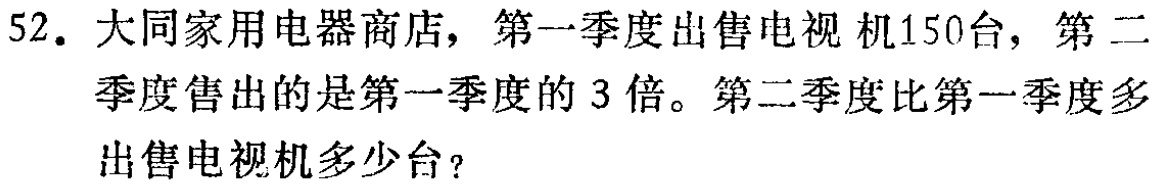
52. 大同家用电器商店，第一季度出售电视机150台，第二季度售出的是第一季度的3倍。第二季度比第一季度多出售电视机多少台？